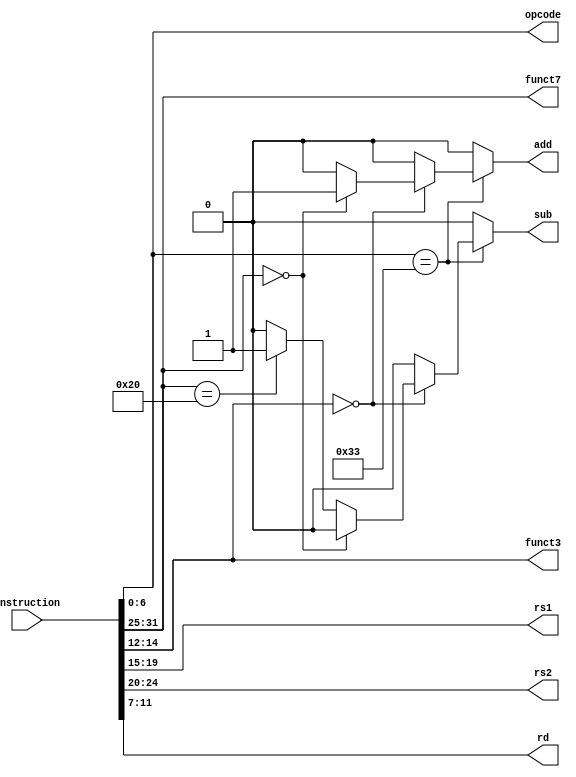
module decoder(
  input [31:0] instruction,
  output reg[4:0] rs1,
  output reg[4:0] rs2,
  output reg[4:0] rd,
  output reg [6:0] opcode,
  output reg[2:0] funct3,
  output reg[6:0] funct7,
  output reg add,
  output reg sub
);
  always @(instruction) begin // instruction
    opcode = instruction[6:0];
    rs1 = instruction[19:15];
    rs2 = instruction[24:20];
    rd = instruction[11:7];
    funct3 = instruction[14:12];
    funct7 = instruction[31:25];

    add = 0;
    sub = 0;

    if(opcode == 7'b0110011) begin
      case (funct3)
      3'b000: begin
        if(funct7 == 7'b0000000)
          add = 1;
        else if(funct7 == 7'b0100000)
          sub = 1;
      end
      endcase
    end
  end
endmodule